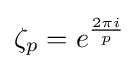
\zeta _{p}=e^{\frac {2\pi i}{p}}